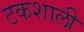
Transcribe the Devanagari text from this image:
टकशाली